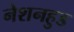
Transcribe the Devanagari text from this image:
नेशनहुड